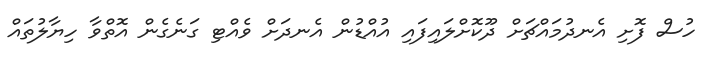
ހުސް ފޮށި އެނދުމައްޗަށް ދޫކޮށްލައިފައި އުއްޑުން އެނދަށް ވެއްޓި ގަނެގެން އޮތްވާ ހިޔާލުތައް